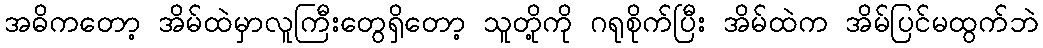
အဓိကတော့ အိမ်ထဲမှာလူကြီးတွေရှိတော့ သူတို့ကို ဂရုစိုက်ပြီး အိမ်ထဲက အိမ်ပြင်မထွက်ဘဲ